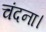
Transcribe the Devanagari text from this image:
चंदना।